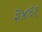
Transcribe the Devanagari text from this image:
३४६१